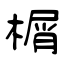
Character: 榍